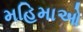
મહિમાઓ